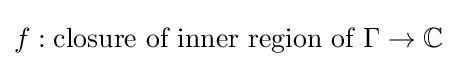
f:{\text{closure of inner region of }}\Gamma \to \mathbb {C}